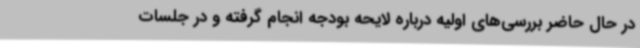
در حال حاضر بررسی‌های اولیه درباره لایحه بودجه انجام گرفته و در جلسات